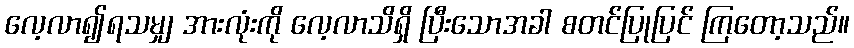
လေ့လာ၍ရသမျှ အားလုံးကို လေ့လာသိရှိ ပြီးသောအခါ စတင်ပြုပြင် ကြတော့သည်။